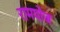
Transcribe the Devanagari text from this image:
रामपोज